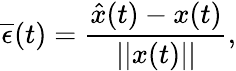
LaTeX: \overline{{\epsilon}}(t)=\frac{\hat{x}(t)-x(t)}{||x(t)||},